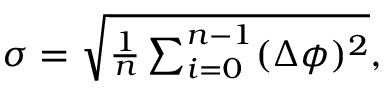
\begin{array} { r } { \sigma = \sqrt { \frac { 1 } { n } \sum _ { i = 0 } ^ { n - 1 } ( \Delta \phi ) ^ { 2 } } , } \end{array}